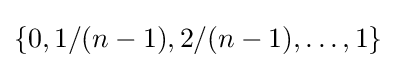
\{0,1/(n-1),2/(n-1),\dots ,1\}